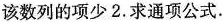
该数列的项少2.求通项公式。